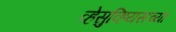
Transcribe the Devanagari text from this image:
व्हेसुव्हियसच्या